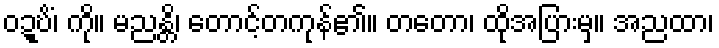
ဝဍ္ဎိံ၊ ကို။ မညန္တိ၊ တောင့်တကုန်၏။ တတော၊ ထိုအပြားမှ။ အညထာ၊